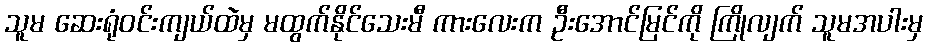
သူမ ဆေးရုံဝင်းကျယ်ထဲမှ မထွက်နိုင်သေးမီ ကားလေးက ဦးအောင်မြင်ကို ကြိုလျက် သူမအပါးမှ